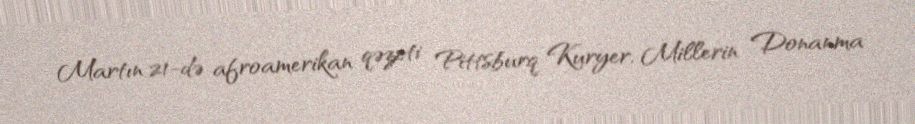
Martın 21-də afroamerikan qəzeti Pittsburq Kuryer, Millerin Donanma